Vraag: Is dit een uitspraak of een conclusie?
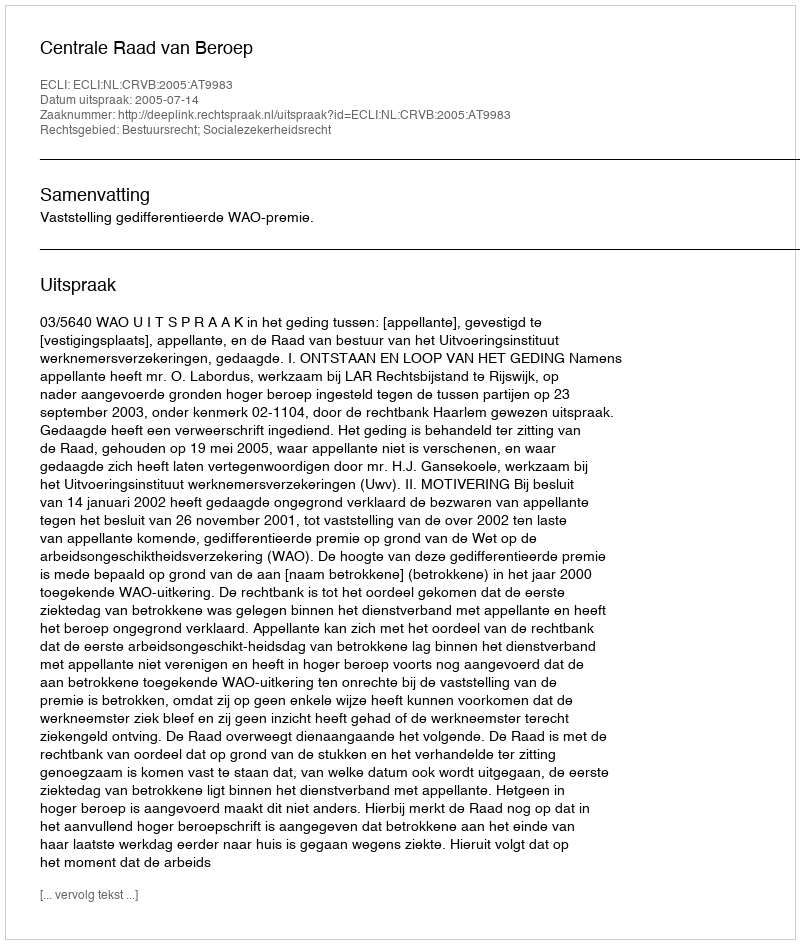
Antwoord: Uitspraak